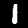
Digit: 1